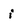
Character: i